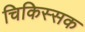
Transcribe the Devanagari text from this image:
चिकिस्सक